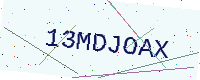
Text: 13MDJOAX